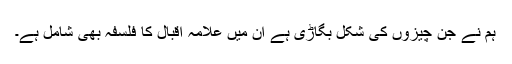
ہم نے جن چیزوں کی شکل بگاڑی ہے ان میں علامہ اقبال کا فلسفہ بھی شامل ہے۔